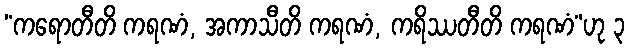
“ကရောတီတိ ကရဏံ, အကာသီတိ ကရဏံ, ကရိဿတီတိ ကရဏံ”ဟု ၃